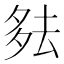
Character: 𪠞